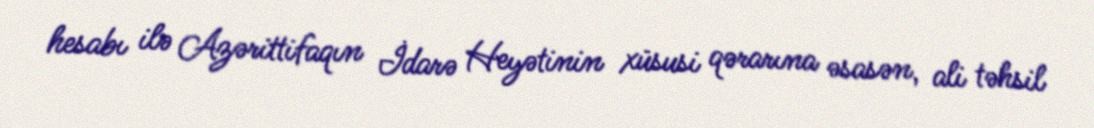
hesabı ilə Azərittifaqın İdarə Heyətinin xüsusi qərarına əsasən, ali təhsil